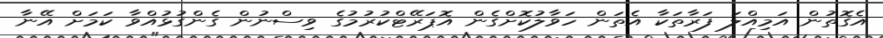
އެގޮތުން އަމިއްލަ ފަރާތަކާ އެތަން ހަވާލުކޮށްގެން އޮޕަރޭޓްކުރުމުގެ ވިސްނުން ގެންގުޅުއްވާ ކަމަށް އޭނާ